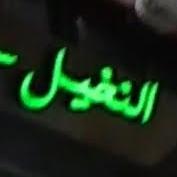
النفيل